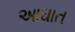
આઘાત